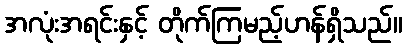
အလုံးအရင်းနှင့် တိုက်ကြမည့်ဟန်ရှိသည်။